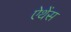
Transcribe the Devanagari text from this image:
ऐथेंस